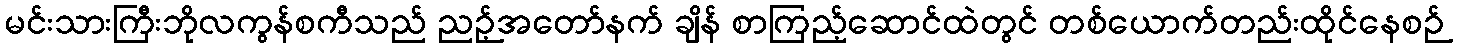
မင်းသားကြီးဘိုလကွန်စကီသည် ညဉ့်အတော်နက် ချိန် စာကြည့်ဆောင်ထဲတွင် တစ်ယောက်တည်းထိုင်နေစဉ်